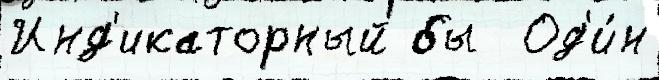
Инд'икаторный бы  Од'и́н